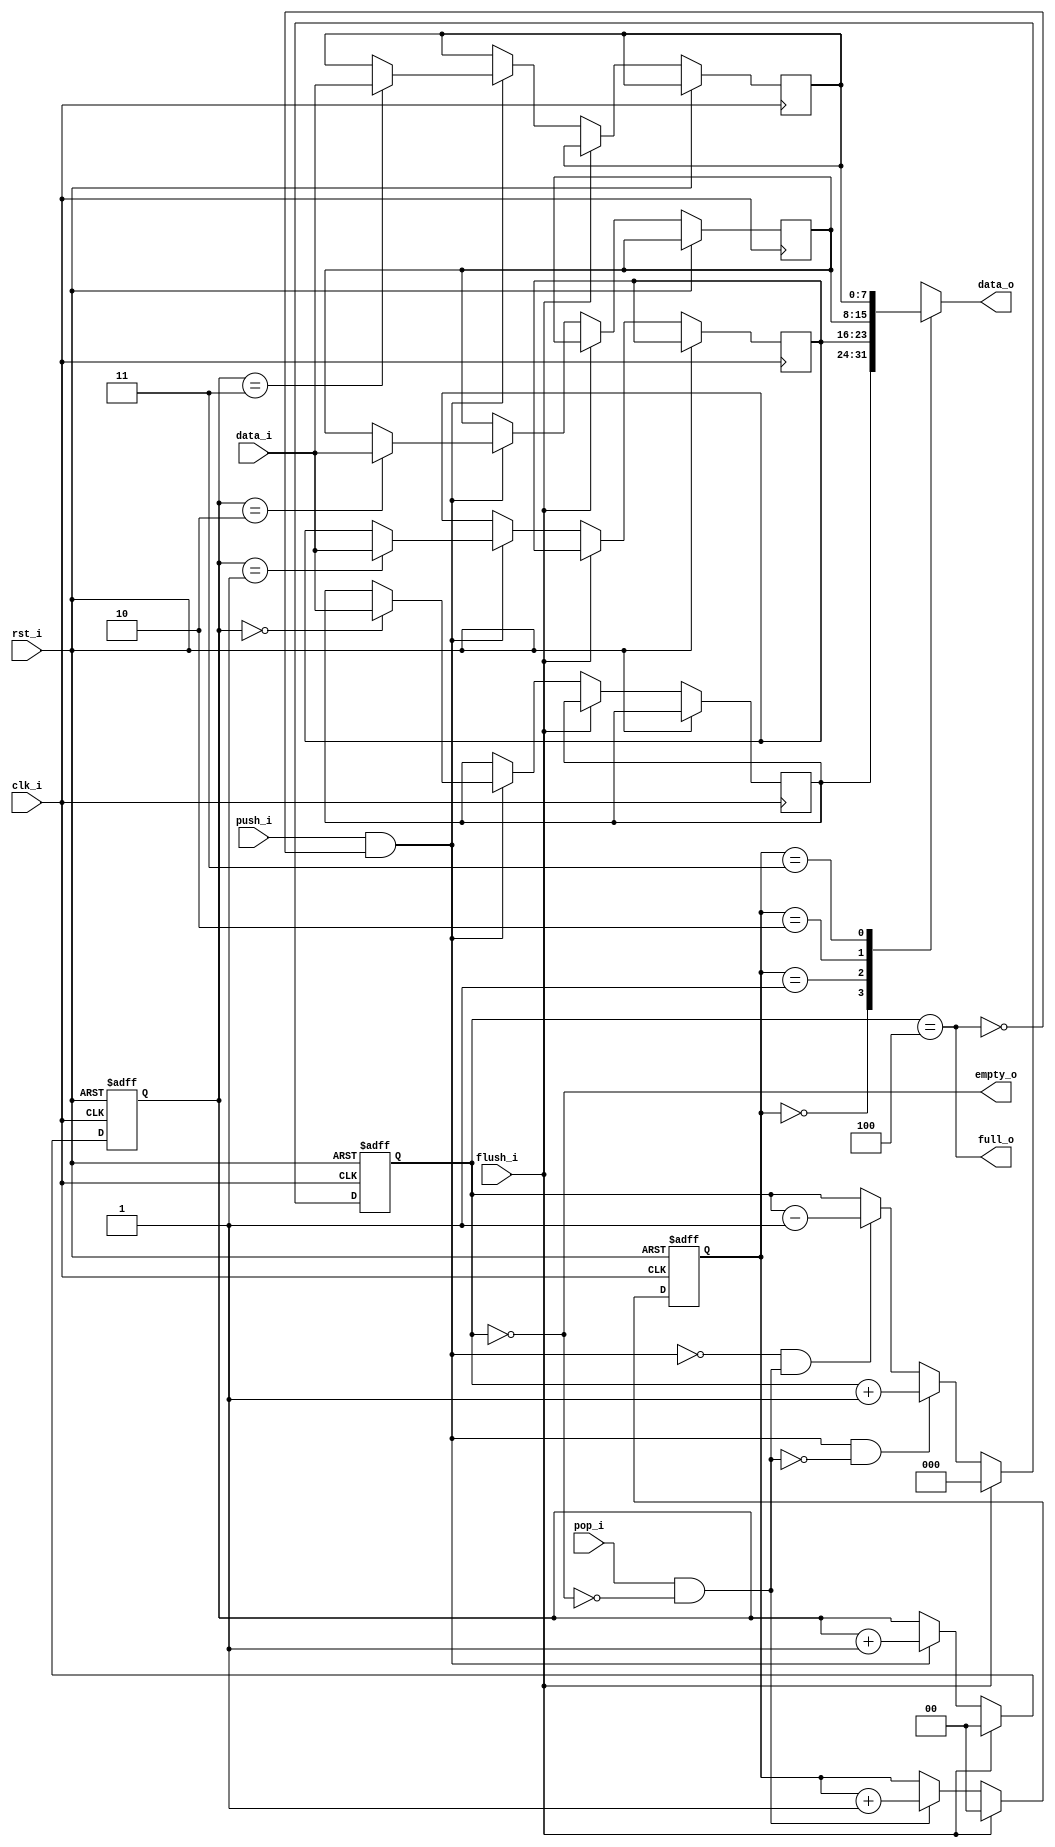
module usbh_fifo

//-----------------------------------------------------------------
// Params
//-----------------------------------------------------------------
#(
    parameter           WIDTH   = 8,
    parameter           DEPTH   = 4,
    parameter           ADDR_W  = 2
)

//-----------------------------------------------------------------
// Ports
//-----------------------------------------------------------------
(
    input               clk_i,
    input               rst_i,

    input [WIDTH-1:0]   data_i,
    input               push_i,

    output              full_o,
    output              empty_o,

    output [WIDTH-1:0]  data_o,
    input               pop_i,

    input               flush_i
);

//-----------------------------------------------------------------
// Defs / Params
//-----------------------------------------------------------------
localparam COUNT_W      = ADDR_W + 1;

//-----------------------------------------------------------------
// Registers
//-----------------------------------------------------------------
reg [WIDTH-1:0]         ram [DEPTH-1:0];
reg [ADDR_W-1:0]        rd_ptr_q;
reg [ADDR_W-1:0]        wr_ptr_q;
reg [COUNT_W-1:0]       count_q;

//-----------------------------------------------------------------
// Sequential
//-----------------------------------------------------------------
always @ (posedge clk_i or posedge rst_i)
begin
    if (rst_i)
    begin
        count_q   <= {(COUNT_W) {1'b0}};
        rd_ptr_q  <= {(ADDR_W) {1'b0}};
        wr_ptr_q  <= {(ADDR_W) {1'b0}};
    end
    else if (flush_i)
    begin
        count_q   <= {(COUNT_W) {1'b0}};
        rd_ptr_q  <= {(ADDR_W) {1'b0}};
        wr_ptr_q  <= {(ADDR_W) {1'b0}};
    end
    else
    begin
        // Push
        if (push_i && !full_o)
        begin
            ram[wr_ptr_q] <= data_i;
            wr_ptr_q      <= wr_ptr_q + 1;
        end

        // Pop
        if (pop_i && !empty_o)
            rd_ptr_q    <= rd_ptr_q + 1;

        // Count up
        if ((push_i && !full_o) && !(pop_i && !empty_o))
            count_q     <= count_q + 1;
        // Count down
        else if (!(push_i && !full_o) && (pop_i && !empty_o))
            count_q     <= count_q - 1;
    end
end

//-------------------------------------------------------------------
// Assignments
//-------------------------------------------------------------------
assign full_o    = (count_q == DEPTH);
assign empty_o   = (count_q == 0);

assign data_o    = ram[rd_ptr_q];

endmodule